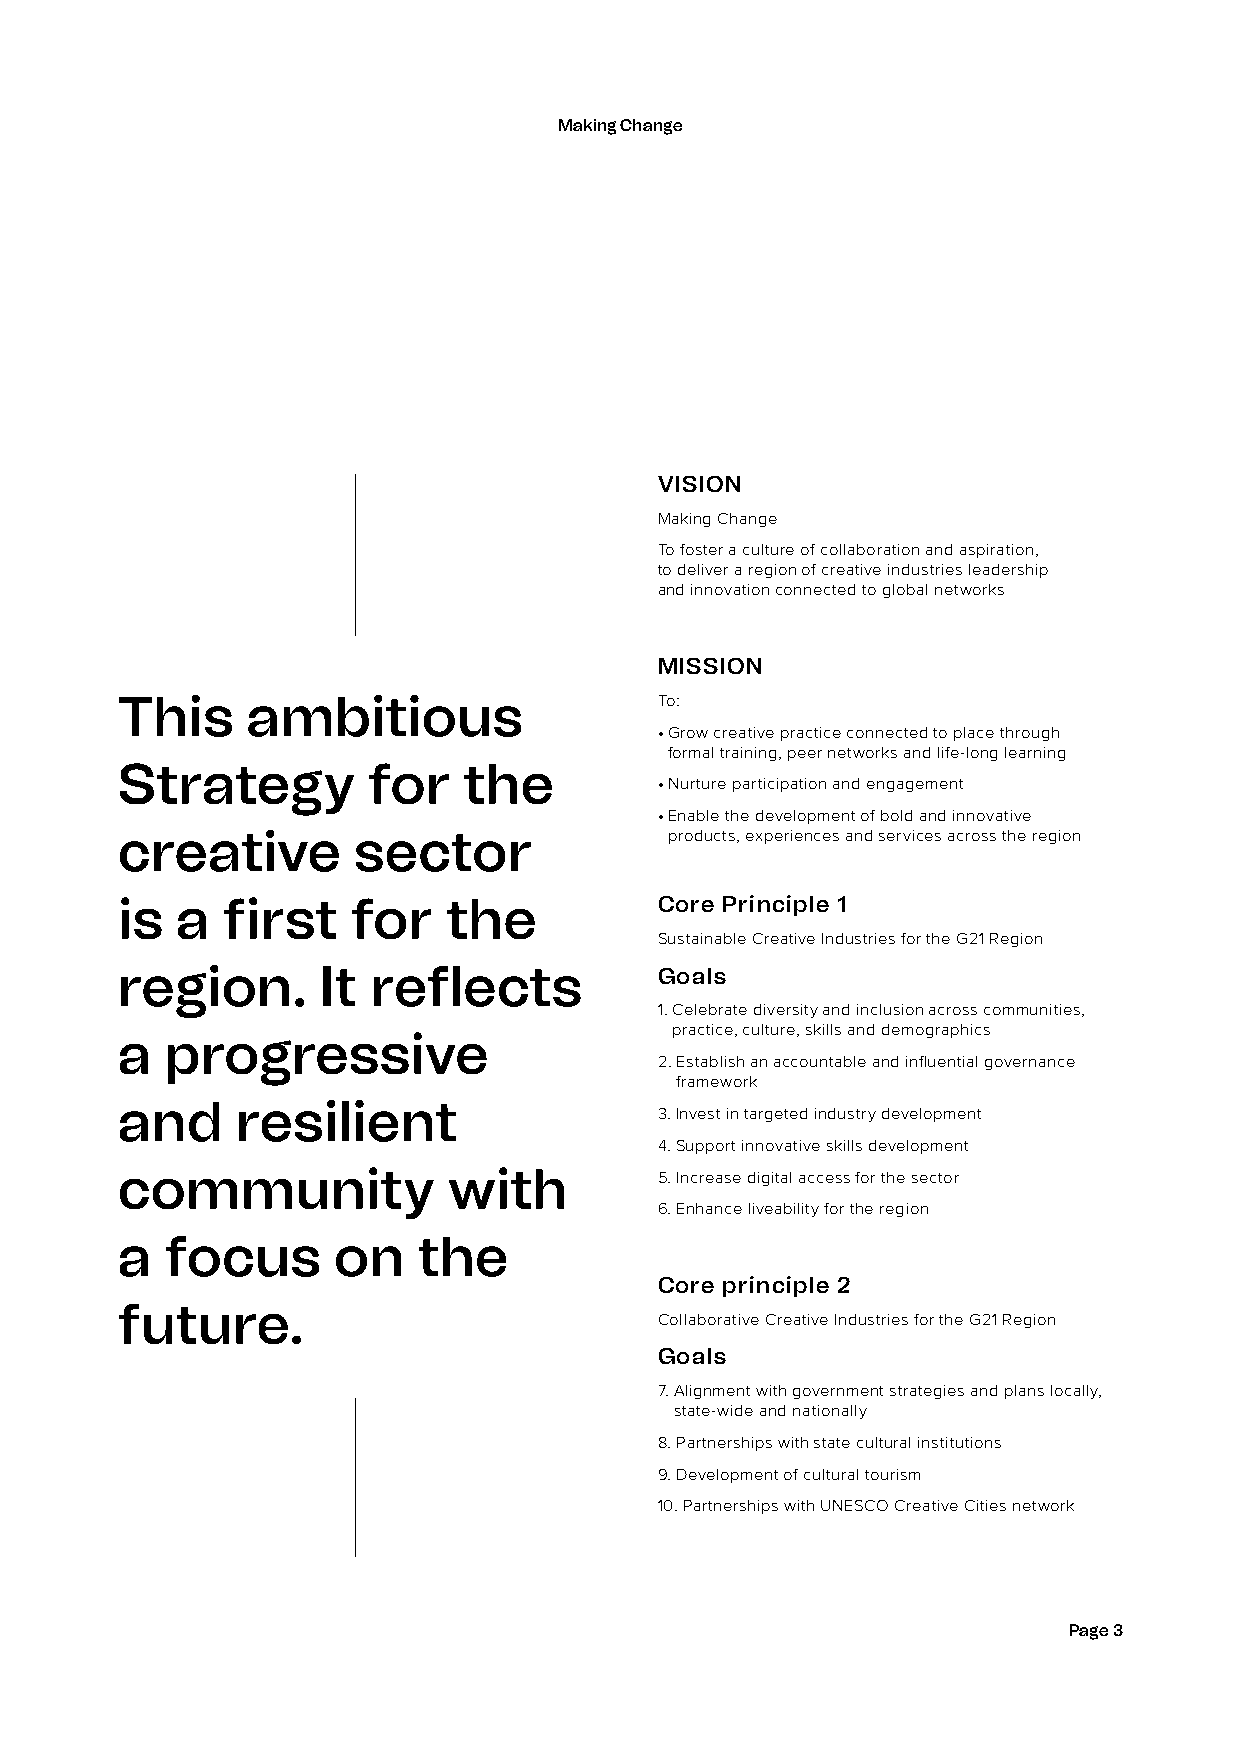
Making Change
 VISION
 Making Change
 To foster a culture of collaboration and aspiration,
 to deliver a region of creative industries leadership
 and innovation connected to global networks
 MISSION
 This    ambitious                   To:
 • Grow creative practice connected to place through
 formal training, peer networks and life-long learning
 Strategy        for    the
 • Nurture participation and engagement
 • Enable the development of bold and innovative
 creative       sector               products, experiences and services across the region
 is  a  first   for    the           Core Principle 1
 Sustainable Creative Industries for the G21 Region
 region.      It  reflects           Goals
 1. Celebrate diversity and inclusion across communities,
 practice, culture, skills and demographics
 a  progressive
 2. Establish an accountable and influential governance
 framework
 and     resilient                   3. Invest in targeted industry development
 4. Support innovative skills development
 community             with          5. Increase digital access for the sector
 6. Enhance liveability for the region
 a  focus      on    the
 Core principle 2
 future.
 Collaborative Creative Industries for the G21 Region
 Goals
 7. Alignment with government strategies and plans locally,
 state-wide and nationally
 8. Partnerships with state cultural institutions
 9. Development of cultural tourism
 10. Partnerships with UNESCO Creative Cities network
 Page 3